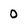
Character: 0